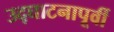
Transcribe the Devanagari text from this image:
उद्‌घाटनापूर्वी